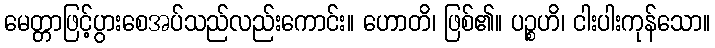
မေတ္တာဖြင့်ပွားစေအပ်သည်လည်းကောင်း။ ဟောတိ၊ ဖြစ်၏။ ပဉ္စဟိ၊ ငါးပါးကုန်သော။